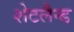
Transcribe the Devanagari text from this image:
शेटलैन्ड